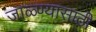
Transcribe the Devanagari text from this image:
जाळ्ण्यासाठी